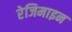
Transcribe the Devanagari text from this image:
रेजिमाइन